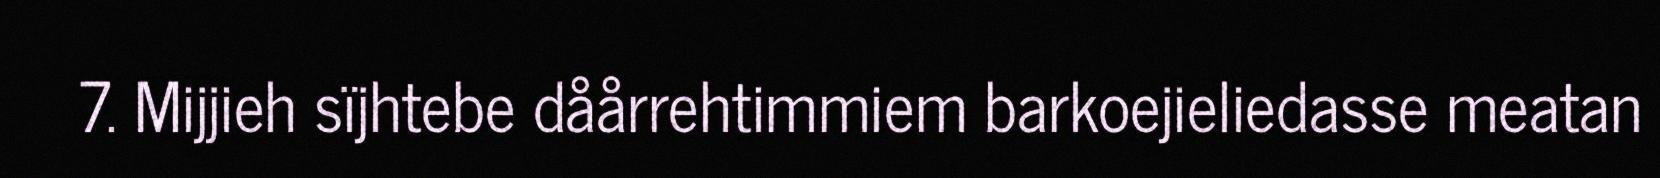
7. Mijjieh sïjhtebe dåårrehtimmiem barkoejieliedasse meatan